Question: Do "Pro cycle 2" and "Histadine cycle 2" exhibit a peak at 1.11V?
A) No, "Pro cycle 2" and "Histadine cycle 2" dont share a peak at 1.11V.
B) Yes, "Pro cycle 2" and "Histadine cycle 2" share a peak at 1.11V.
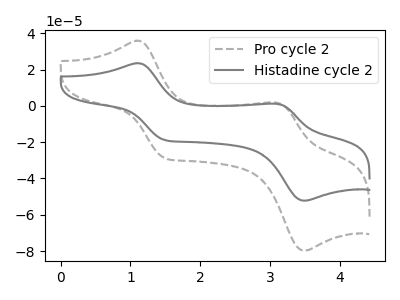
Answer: <think>The gray dashed curve "Pro cycle 2" has anodic peaks at (1.10V, 35.90uA) (3.10V, 1.80uA) and cathodic peaks at (1.50V, -28.65uA) (3.50V, -79.80uA). The gray curve "Histadine cycle 2" has anodic peaks at (1.10V, 23.50uA) (3.10V, 1.15uA) and cathodic peaks at (1.50V, -18.75uA) (3.50V, -52.25uA).</think>
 <answer>B) Yes, "Pro cycle 2" and "Histadine cycle 2" share a peak at 1.11V.</answer>
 <eval>B</eval>